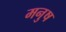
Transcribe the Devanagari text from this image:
मनुष